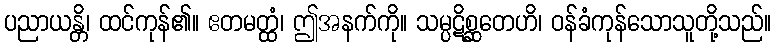
ပညာယန္တိ၊ ထင်ကုန်၏။ ဧတမတ္ထံ၊ ဤအနက်ကို။ သမ္ပဋိစ္ဆတေဟိ၊ ဝန်ခံကုန်သောသူတို့သည်။